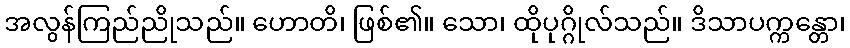
အလွန်ကြည်ညိုသည်။ ဟောတိ၊ ဖြစ်၏။ သော၊ ထိုပုဂ္ဂိုလ်သည်။ ဒိသာပက္ကန္တော၊